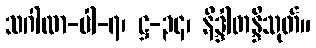
သဂါထာ-ပါ-၇၊ ဋ္ဌ-၃၄၊ နိဒ္ဒါတန္ဒီသုတ်။